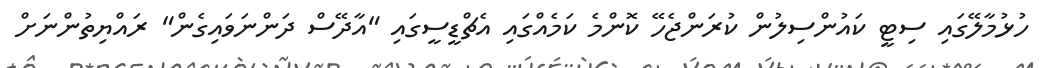
ހުޅުމާލޭގައި ސިޓީ ކައުންސިލުން ކުރަންޖެހޭ ކޮންމެ ކަމެއްގައި އެޗްޑީސީގައި "އާދޭސް ދަންނަވައިގެން" ރައްޔިތުންނަށް